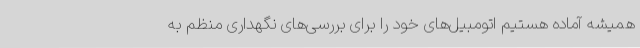
همیشه آماده هستیم اتومبیل‌های خود را برای بررسی‌های نگهداری منظم به